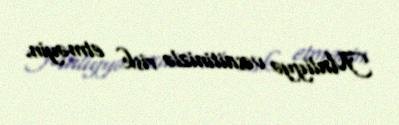
Maliyyə vəsaitinizlə risk etməyin.